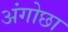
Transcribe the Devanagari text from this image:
अंगोछा